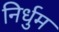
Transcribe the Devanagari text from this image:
निर्धुम